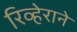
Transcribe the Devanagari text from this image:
रिव्हेराने